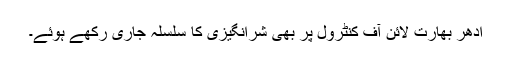
اُدھر بھارت لائن آف کنٹرول پر بھی شرانگیزی کا سلسلہ جاری رکھے ہوئے۔